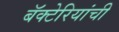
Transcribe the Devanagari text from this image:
बॅक्‍टेरियांची